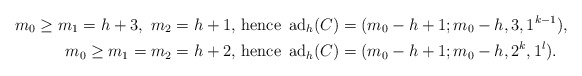
\begin{align*} m_0\ge m_1=h+3, \,\, m_2=h+1,\,\, &{\rm hence }\,\,\, {\rm ad}_h(C)=(m_0-h+1; m_0-h, 3, 1^{k-1}),\\m_0\ge m_1=m_2=h+2 ,\,\, &{\rm hence }\,\,\, {\rm ad}_h(C)=(m_0-h+1; m_0-h, 2^{k}, 1^{l}).\end{align*}